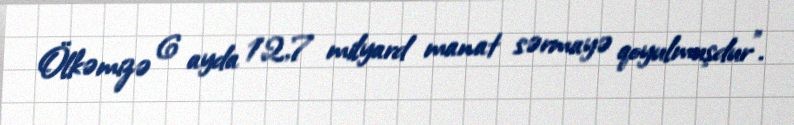
Ölkəmizə 6 ayda 12,7 milyard manat sərmayə qoyulmuşdur”.